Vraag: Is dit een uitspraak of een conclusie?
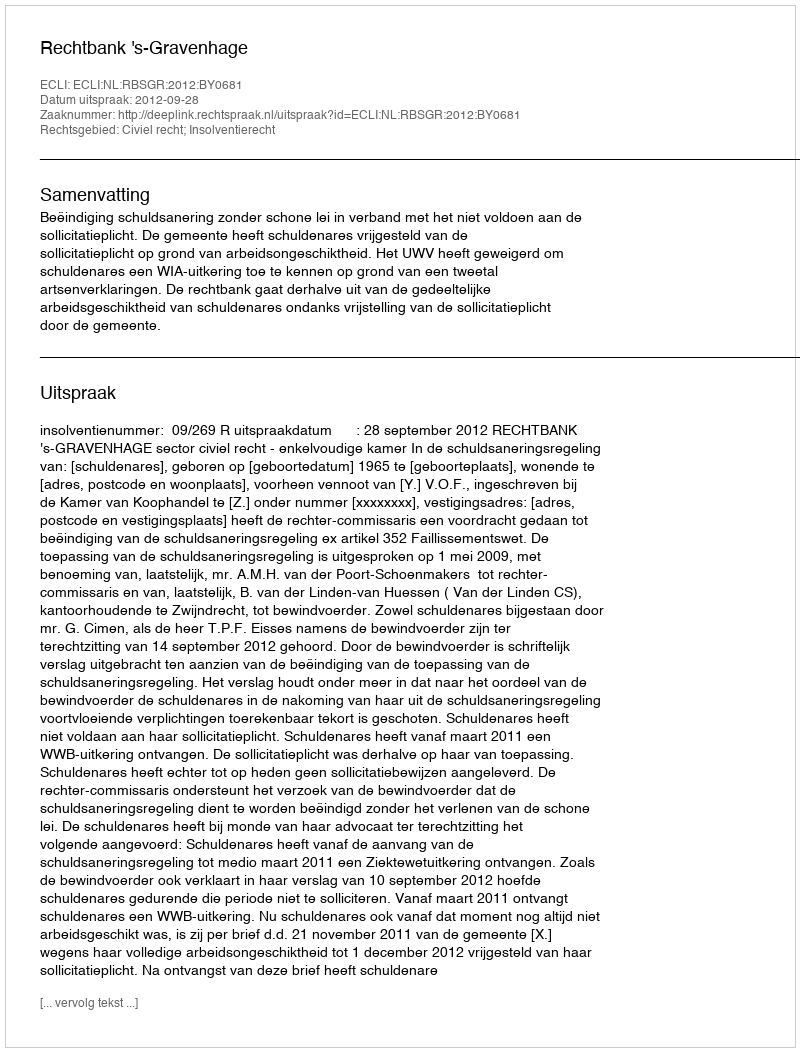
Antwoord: Uitspraak